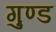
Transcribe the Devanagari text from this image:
गुण्ड